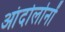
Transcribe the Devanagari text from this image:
आंदोलोनों